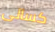
كسالى